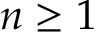
n \geq 1